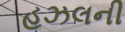
હઝલની